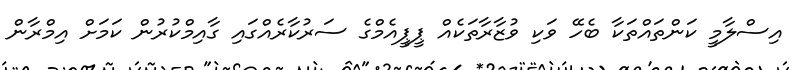
އިސްލާމީ ކަންތައްތަކާ ބެހޭ ވަކި ވުޒާރާތަކެއް ޕީޕީއެމްގެ ސަރުކާރެއްގައި ގާއިމްކުރުން ކަމަށް އިމްރާން